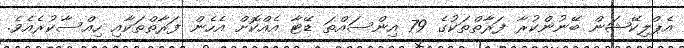
އެޕްލިކޭޝަން ބޭނުންކުރާ ފަރާތްތަކުގެ 79 އިންސައްތަ ޑޭޓާ އެއްކޮށް އެހެން ފަރާތްތަކާއި ހިއްސާކުރެއެވެ.